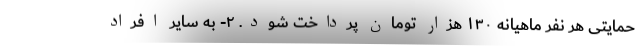
حمایتی هر نفر ماهیانه ١٣٠ هزار تومان پرداخت شود. ٢- به سایر افراد